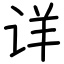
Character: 详